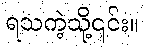
ရသကဲ့သို့၎င်း။